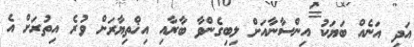
އަދި އަނެއް ބަޔަކު އިންސާނާއަށް ލިބިގެންވާ ބާރާއި އިޚްތިޔާރަށް ވުރެ އިތުރަށް އެ